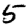
Digit: 5